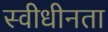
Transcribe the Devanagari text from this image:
स्वीधीनता